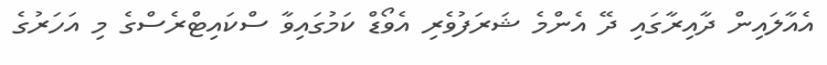
އެއާލައިން ދާއިރާގައި ދޭ އެންމެ ޝަރަފުވެރި އެވޯޑް ކަމުގައިވާ ސްކައިޓްރެސްގެ މި އަހަރުގެ